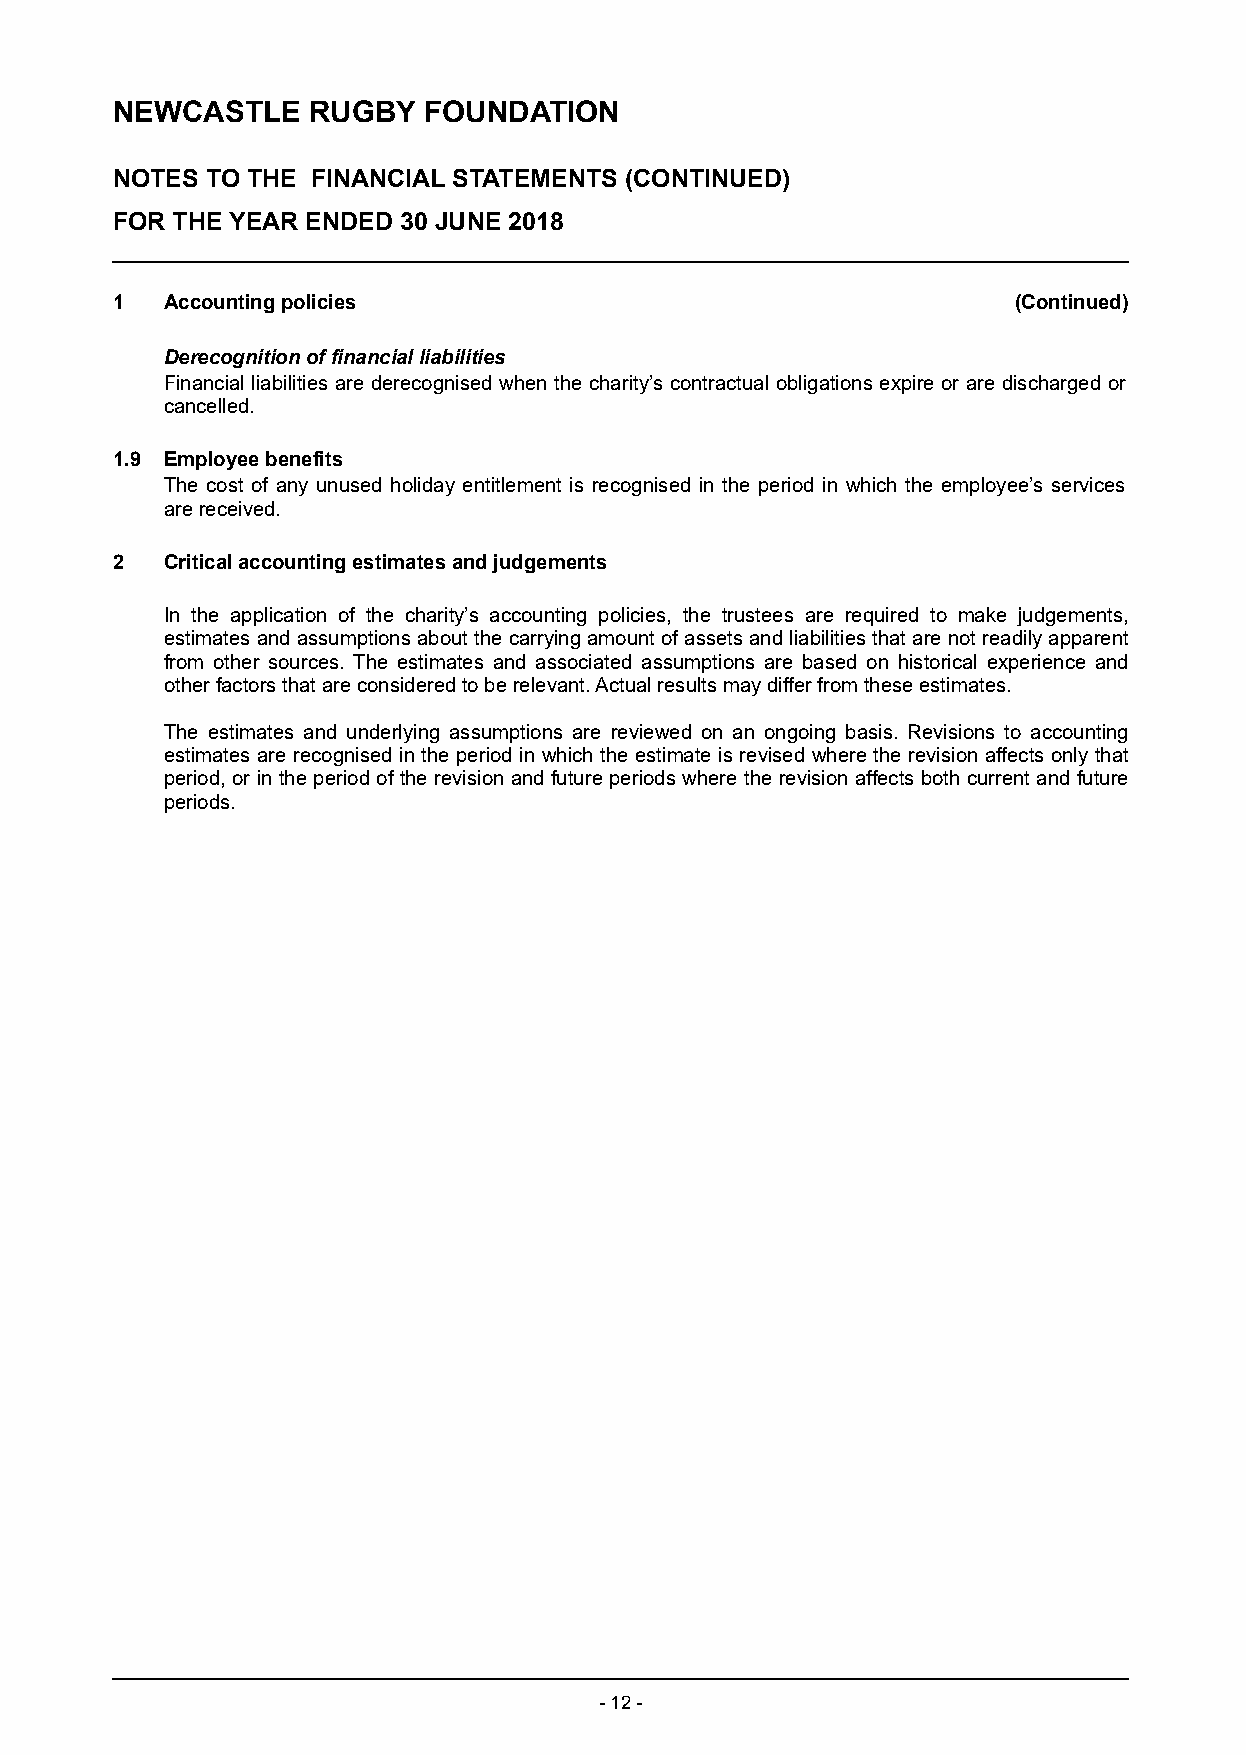
NEWCASTLE    RUGBY   FOUNDATION
 NOTES  TO THE FINANCIAL STATEMENTS (CONTINUED)
 FOR THE YEAR ENDED 30 JUNE 2018
 1   Accounting policies                                     (Continued)
 Derecognition of financial liabilities
 Financial liabilities are derecognised when the charity’s contractual obligations expire or are discharged or
 cancelled.
 1.9 Employee benefits
 The cost of any unused holiday entitlement is recognised in the period in which the employee’s services
 are received.
 2   Critical accounting estimates and judgements
 In the application of the charity’s accounting policies, the trustees are required to make judgements,
 estimates and assumptions about the carrying amount of assets and liabilities that are not readily apparent
 from other sources. The estimates and associated assumptions are based on historical experience and
 other factors that are considered to be relevant. Actual results may differ from these estimates.
 The estimates and underlying assumptions are reviewed on an ongoing basis. Revisions to accounting
 estimates are recognised in the period in which the estimate is revised where the revision affects only that
 period, or in the period of the revision and future periods where the revision affects both current and future
 periods.
 - 12 -